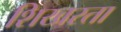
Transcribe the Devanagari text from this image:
शिखरता